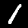
Label: 1